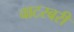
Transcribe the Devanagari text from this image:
वाटरबरी